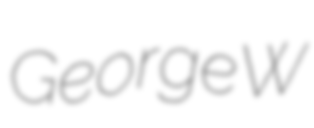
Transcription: George W